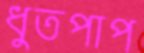
ধুতপাপ